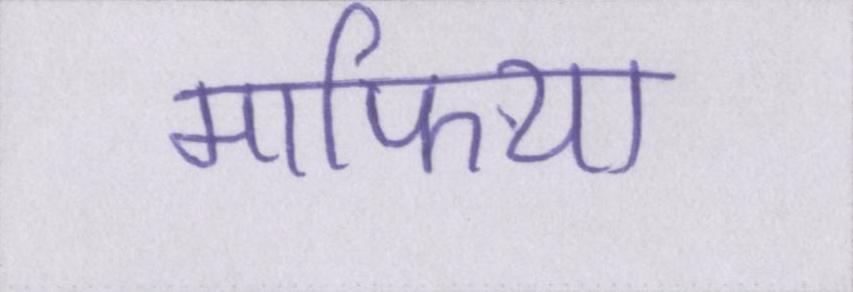
माफिया